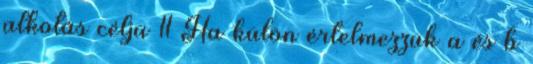
alkotás célja 11 Ha külön értelmezzük a és b